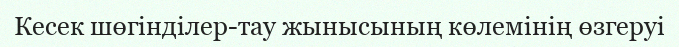
Кесек шөгінділер-тау жынысының көлемінің өзгеруі